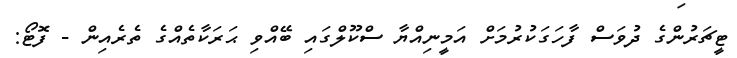
ޓީޗަރުންގެ ދުވަސް ފާހަގަކުރުމަށް އަމީނިއްޔާ ސްކޫލްގައި ބޭއްވި ޙަރަކާތެއްގެ ތެރެއިން - ފޮޓޯ: